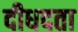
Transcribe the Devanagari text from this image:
दीधदता